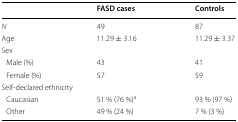
<table><thead><tr><td></td><td><b>FASD cases</b></td><td><b>Controls</b></td></tr></thead><tbody><tr><td><i>N</i></td><td>49</td><td>87</td></tr><tr><td>Age</td><td>11.29 ± 3.16</td><td>11.29 ± 3.37</td></tr><tr><td colspan="3">Sex</td></tr><tr><td> Male (%)</td><td>43</td><td>41</td></tr><tr><td> Female (%)</td><td>57</td><td>59</td></tr><tr><td colspan="3">Self-declared ethnicity</td></tr><tr><td> Caucasian</td><td>51 % (76 %)<sup>a</sup></td><td>93 % (97 %)</td></tr><tr><td> Other</td><td>49 % (24 %)</td><td>7 % (3 %)</td></tr></tbody></table>